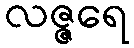
လဇ္ဇရေ